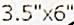
3.5"X6"